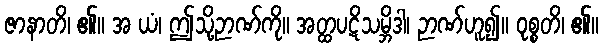
ဇာနာတိ၊ ၏။ အ ယံ၊ ဤသို့ဉာဏ်ကို။ အတ္ထပဋိသမ္ဘိဒါ၊ ဉာဏ်ဟူ၍။ ဝုစ္စတိ၊ ၏။